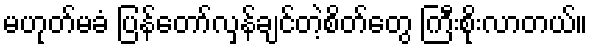
မဟုတ်မခံ ပြန်တော်လှန်ချင်တဲ့စိတ်တွေ ကြီးစိုးလာတယ်။